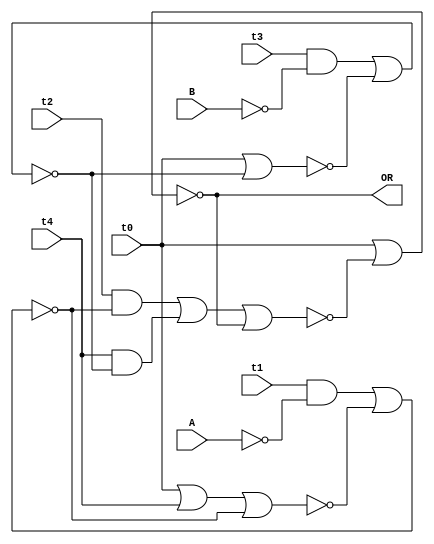
`timescale 1ns / 1ps
//////////////////////////////////////////////////////////////////////////////////
// Designer Name:Hiral Barot 
// Module Name: main_or
//////////////////////////////////////////////////////////////////////////////////

module main_or(
                output  OR, 
                input wire t0,t1, t2, t3, t4, A, B
   );
   
   wire Abar, Bbar;
   wire x1,x2,x3,x4,x5,x6,X,Xbar,Y,Ybar,Z,Zbar;
   not (Abar, A);
   not (Bbar, B);
   
   and (x1,t1,Abar);       //x1= t2.Abar
   or (x2, t0, t4);        //x2= t1+t5
   
   nor (X, x2, Xbar);      // output of 1st SR latch is X and Xbar
   nor (Xbar, x1, X);
   
   and (x3, t3, Bbar);     //x3= t4.Bbar
   
   nor (Y, t0, Ybar);      // output of 2nd SR latch is Y and Ybar
   nor (Ybar, x3, Y);
   
   and (x4, t2, Xbar);     // x4=t3.Xbar
   and (x5, t4, Ybar);     // x5=t5.Ybar
   or (x6, x4, x5);        // x6=t3.Xbar + t5.Ybar
   
   nor (Z, t0, Zbar);      // output of 3rd SR latch is Z and Zbar
   nor (Zbar,x6 , Z);
   
   assign OR = Z;
endmodule